Civil Veterinary Dept. Bombay admin report 1932-41 - 1932-1941
Year: 1932
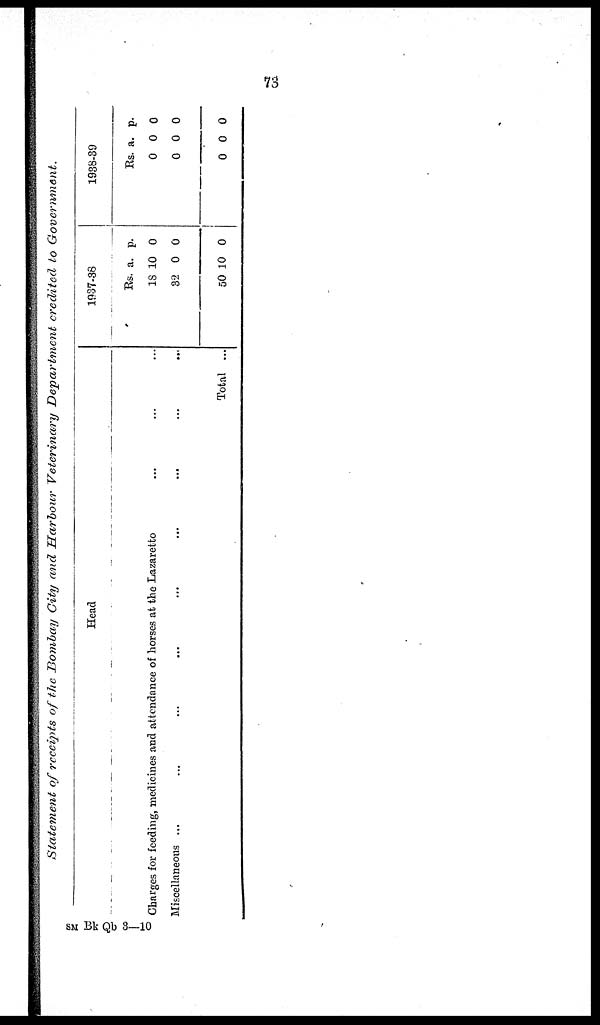
73
Statement of receipts of the Bombay City and Harbour Veterinary Department credited to Government.
Head
Charges for feeding, medicines and attendance of horses at the Lazaretto ... ... ...
Miscellaneous ... ... ... ... ... ... ... ... ... ...
Total ...
1937-38
Rs.
18
32
50
a.
10
0
10
p.
0
0
0
1938-89
Rs.
0
0
0
a.
0
0
0
p.
0
0
0
SN Bk Qb 3—10